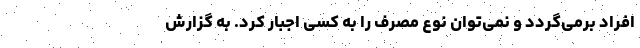
افراد برمی‌گردد و نمی‌توان نوع مصرف را به کسی اجبار کرد. به گزارش